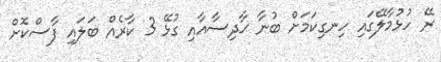
ރޭ ހުޅުމާލޭގައި ހިނގިކަމަށް ބުނާ ޙާދިސާއާއި ގުޅޭ 3 ކާރެއް ބަލައި ފާސްކޮށް